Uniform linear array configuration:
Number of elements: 64
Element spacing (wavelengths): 1
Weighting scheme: hann
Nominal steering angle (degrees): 0
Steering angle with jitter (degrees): -1.899
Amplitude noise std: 0.05
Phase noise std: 0.05

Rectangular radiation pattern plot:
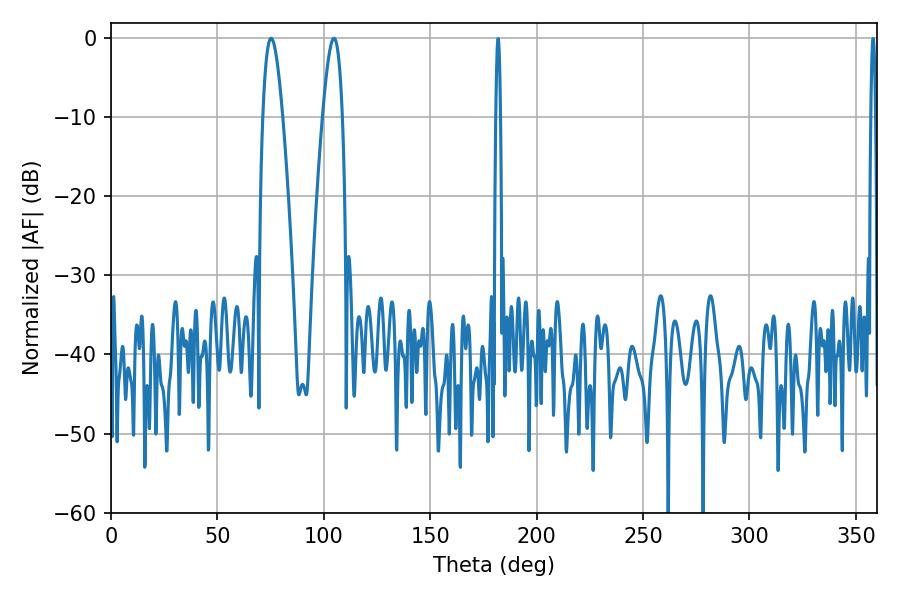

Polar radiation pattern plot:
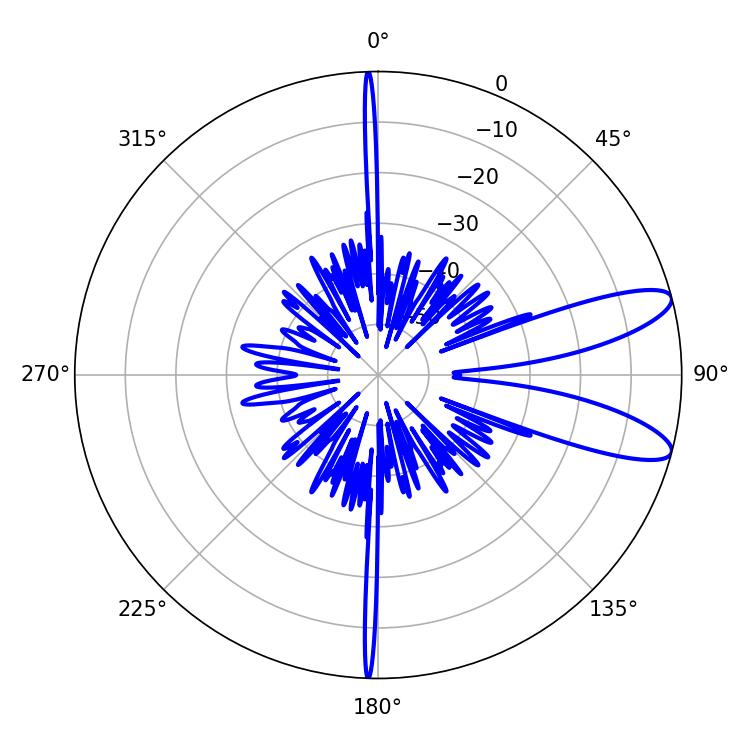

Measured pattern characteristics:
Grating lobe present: TRUE
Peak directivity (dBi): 10.341
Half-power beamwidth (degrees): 5.04
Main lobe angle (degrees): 75.24